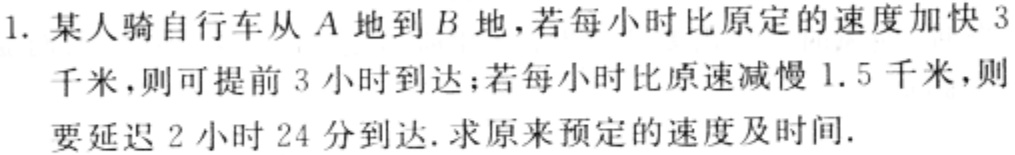
1. 某人骑自行车从\(A\)地到\(B\)地，若每小时比原定的速度加快\(3\)千米，则可提前\(3\)小时到达；若每小时比原速减慢\(1.5\)千米，则要延迟\(2\)小时\(24\)分到达. 求原来预定的速度及时间.